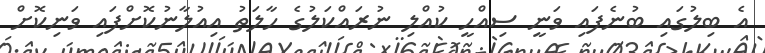
އެ ބިލުގައި ބުނެފައި ވަނީ ސިއްހީ ކުއްލި ނުރައްކަލުގެ ހާލަތު އިއުލާނުކޮށްފައި ވަނިކޮށް